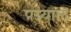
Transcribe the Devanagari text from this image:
पय्याल